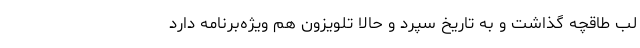
لب طاقچه گذاشت و به تاریخ سپرد و حالا تلویزون هم ویژه‌برنامه دارد